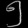
Digit: ၅